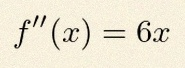
f''(x)=6x